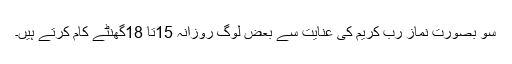
سو بصورت نماز رب کریم کی عنایت سے بعض لوگ روزانہ 15تا 18گھنٹے کام کرتے ہیں۔